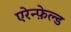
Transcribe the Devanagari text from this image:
एरेन्फ़ेल्ड